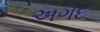
અગદ